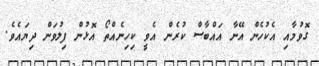
ގޮވުމާއި އެކުހެން އޭނާ އައްބާސް ކުރެން އެވީ ކިހިނެއްތޯ އޮޅުން ފިލުވަން ދިޔައެވެ.